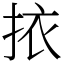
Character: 挔